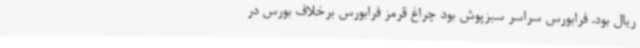
ریال بود. فرابورس سراسر سبزپوش بود چراغ قرمز فرابورس برخلاف بورس در